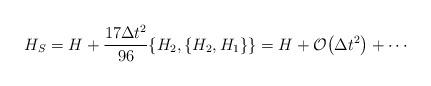
LaTeX: \begin{align*} H_S = H + \frac{17\Delta t^2}{96}\{H_2,\{H_2,H_1\}\}=H+\mathcal{O}\big({\Delta t^2}\big)+\cdots\end{align*}